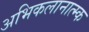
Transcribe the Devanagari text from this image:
अभिकलानात्म्क